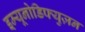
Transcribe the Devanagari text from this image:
इम्यूनोडिफ्युज़न